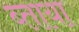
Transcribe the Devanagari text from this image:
ब्ताया